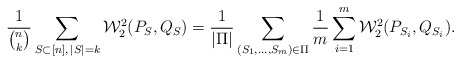
\begin{align*}\frac{1}{\binom{n}{k}}\sum_{S \subset [n], \, |S|=k} \mathcal{W}_2^2(P_{S},Q_{S}) = \frac{1}{|\Pi|}\sum_{(S_1,\ldots,S_m) \in \Pi}\frac{1}{m}\sum_{i=1}^m \mathcal{W}_2^2(P_{S_i},Q_{S_i}).\end{align*}